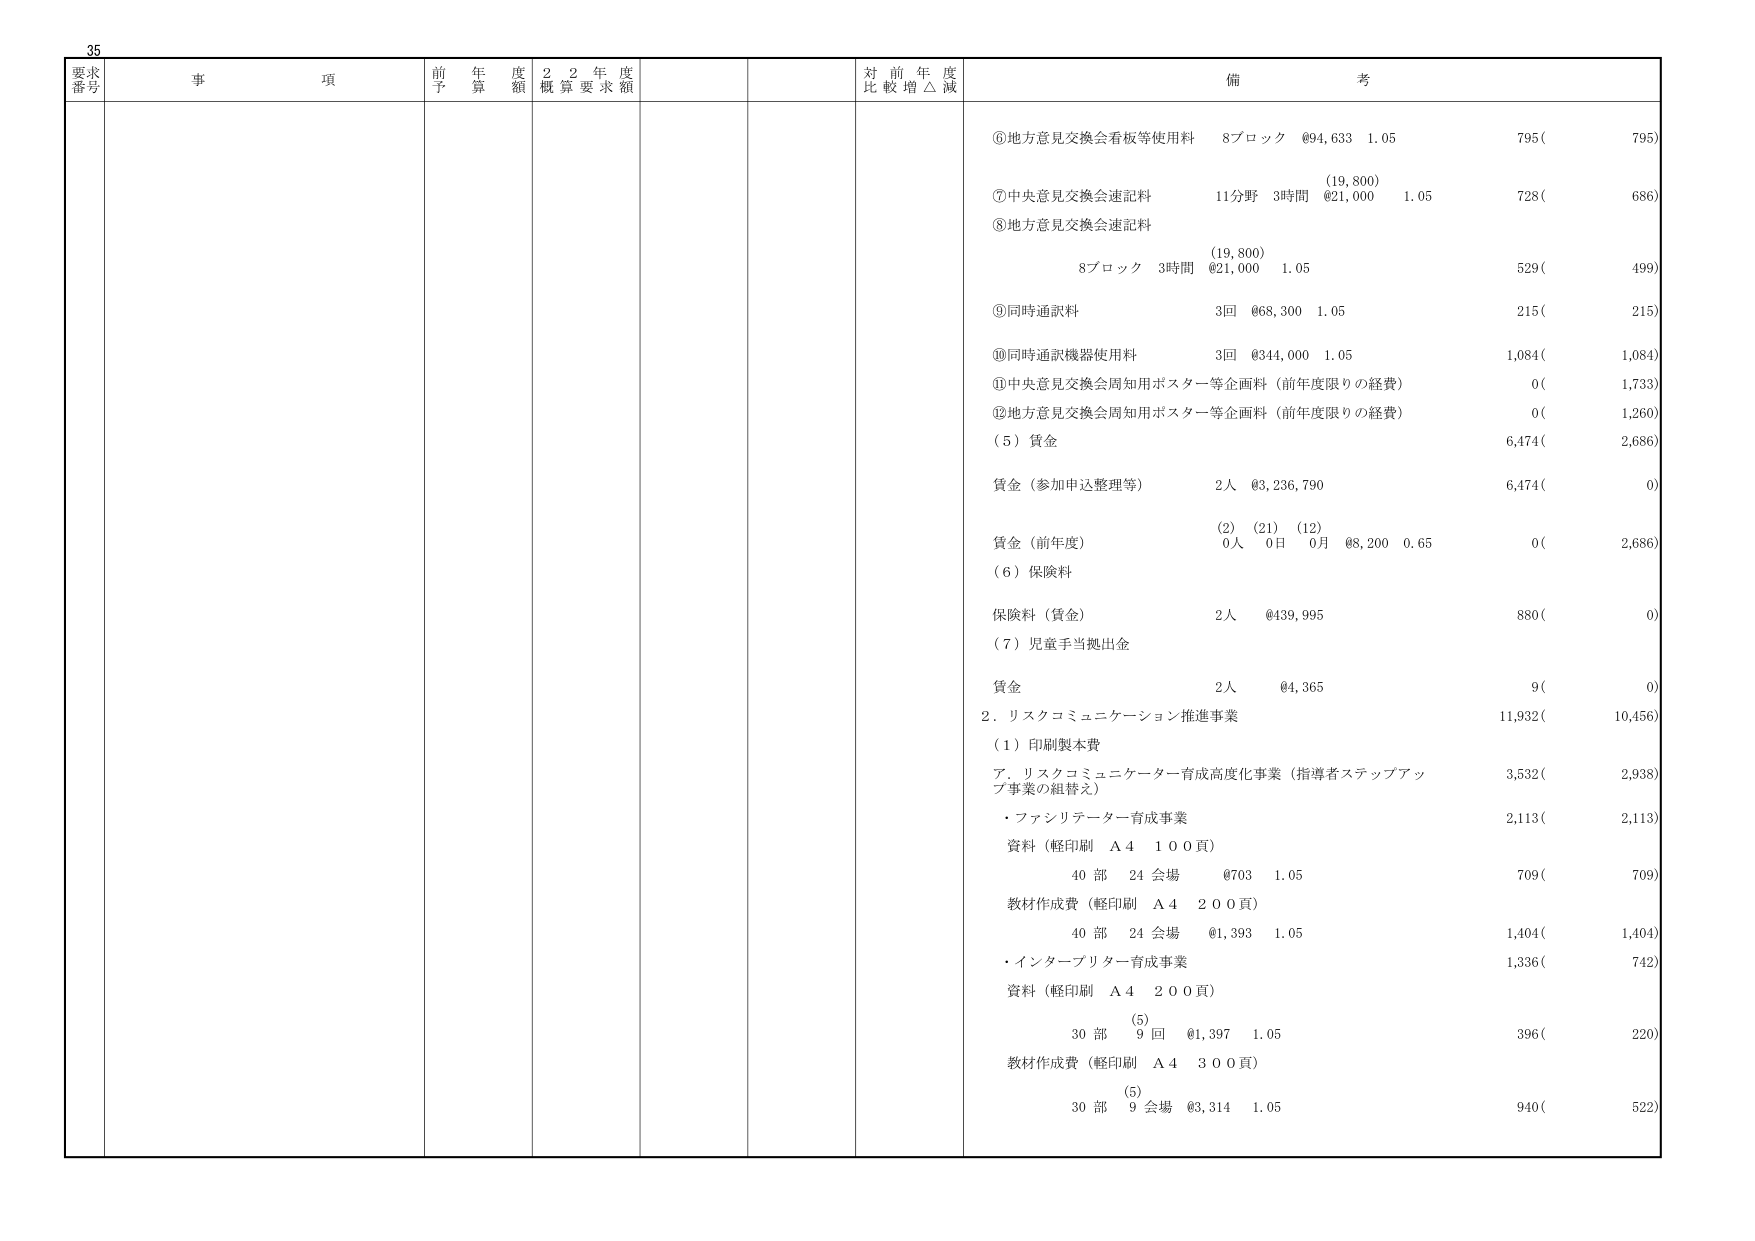
35
要求番号 事項 前年度予算額 2年度概算要求額 対前年度比較増△減 備考
⑥地方意見交換会看板等使用料 8ブロック ¥94,633 1.05 795( 795)
(19,800)
⑦中央意見交換会速記料 11分野 3時間 ¥21,000 1.05 728( 686)
⑧地方意見交換会速記料
(19,800)
8ブロック 3時間 ¥21,000 1.05 529( 499)
⑨同時通訳料 3回 ¥68,300 1.05 215( 215)
⑩同時通訳機器使用料 3回 ¥344,000 1.05 1,084( 1,084)
⑪中央意見交換会周知用ポスター等企画料（前年度限りの経費） 0( 1,733)
⑫地方意見交換会周知用ポスター等企画料（前年度限りの経費） 0( 1,260)
（5）賃金 6,474( 2,686)
賃金（参加申込整理等） 2人 ¥3,236,790 6,474( 0)
(2) (21) (12)
賃金（前年度） 0人 0日 0月 ¥8,200 0.65 0( 2,686)
（6）保険料
保険料（賃金） 2人 ¥439,995 880( 0)
（7）児童手当拠出金
賃金 2人 ¥4,365 9( 0)
2．リスクコミュニケーション推進事業 11,932( 10,456)
（1）印刷製本費
ア．リスクコミュニケーター育成高度化事業（指導者ステップアップ事業の組替え） 3,532( 2,938)
・ファシリテーター育成事業 2,113( 2,113)
資料（軽印刷 A4 100頁）
40部 24会場 ¥703 1.05 709( 709)
教材作成費（軽印刷 A4 200頁）
40部 24会場 ¥1,393 1.05 1,404( 1,404)
・インタープリター育成事業 1,336( 742)
資料（軽印刷 A4 200頁）
(5)
30部 9回 ¥1,397 1.05 396( 220)
教材作成費（軽印刷 A4 300頁）
(5)
30部 9会場 ¥3,314 1.05 940( 522)